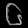
Digit: ၆